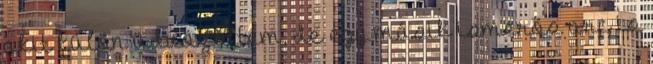
akit külön üdvözöltem, de egy másik ismerős arc is